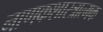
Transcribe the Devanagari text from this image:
नाणकशास्त्रात्मक